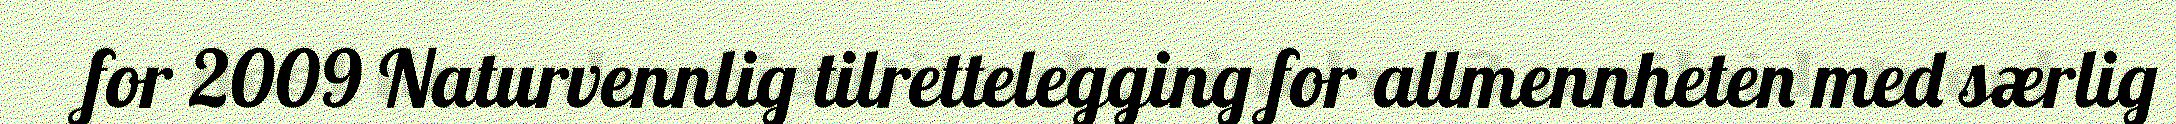
for 2009 Naturvennlig tilrettelegging for allmennheten med særlig